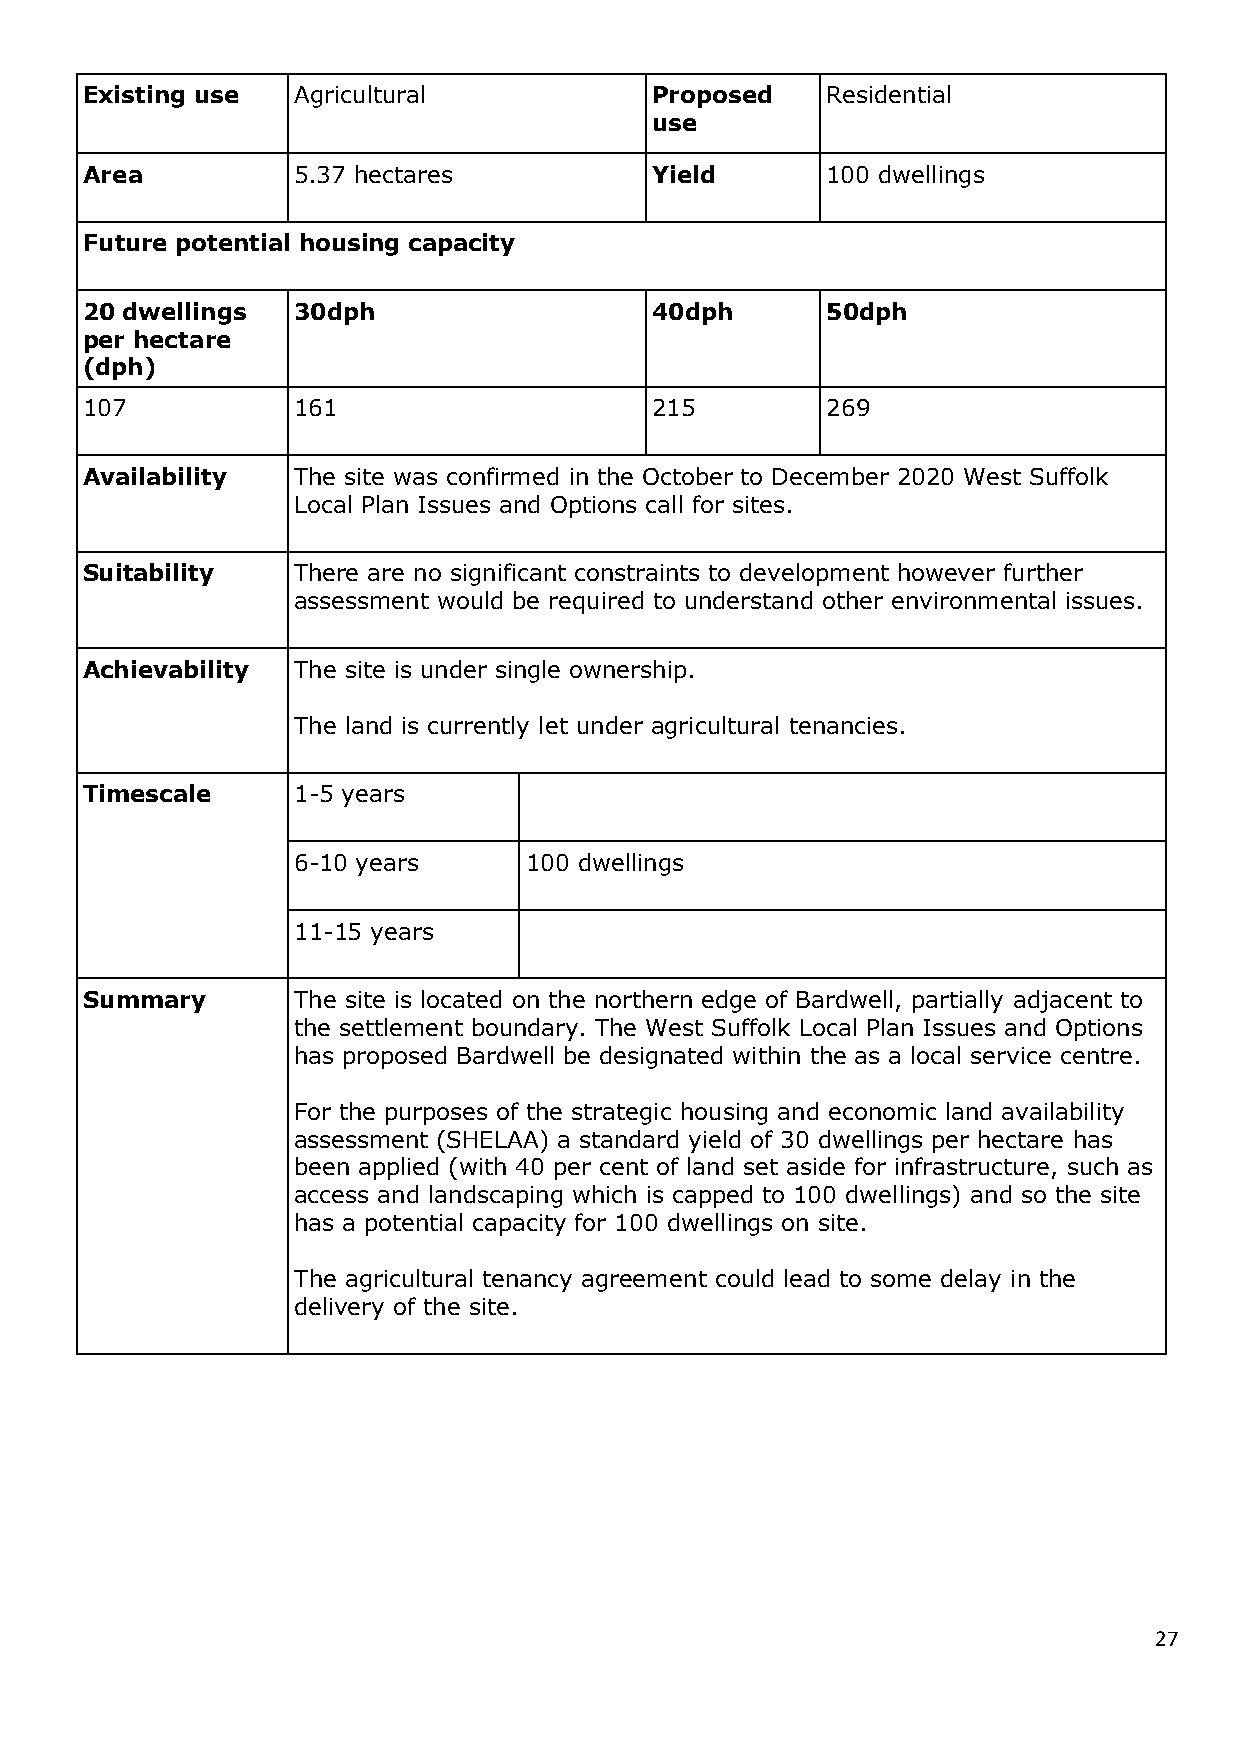
Existing use  Agricultural            Proposed    Residential
 use
 Area          5.37 hectares           Yield       100 dwellings
 Future potential housing capacity
 20 dwellings  30dph                   40dph       50dph
 per hectare
 (dph)
 107           161                     215         269
 Availability  The site was confirmed in the October to December 2020 West Suffolk
 Local Plan Issues and Options call for sites.
 Suitability   There are no significant constraints to development however further
 assessment would be required to understand other environmental issues.
 Achievability The site is under single ownership.
 The land is currently let under agricultural tenancies.
 Timescale     1-5 years
 6-10 years      100 dwellings
 11-15 years
 Summary       The site is located on the northern edge of Bardwell, partially adjacent to
 the settlement boundary. The West Suffolk Local Plan Issues and Options
 has proposed Bardwell be designated within the as a local service centre.
 For the purposes of the strategic housing and economic land availability
 assessment (SHELAA) a standard yield of 30 dwellings per hectare has
 been applied (with 40 per cent of land set aside for infrastructure, such as
 access and landscaping which is capped to 100 dwellings) and so the site
 has a potential capacity for 100 dwellings on site.
 The agricultural tenancy agreement could lead to some delay in the
 delivery of the site.
 27